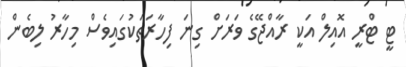
ޓީ ޓްރީ އޮއިލް އަކީ ރާއްޖޭގެ ވަރަށް ގިނަ ފިހާރަތަކުގައިވެސް މިހާރު ލިބެން